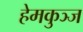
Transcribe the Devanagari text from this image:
हेमकुञ्ज